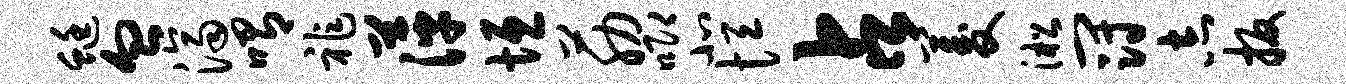
蜓血济喟祚萍垣筋唧北恒占菱淞冠志扳